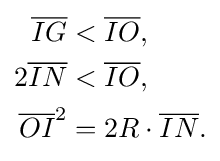
{\begin{aligned}{\overline {IG}}&<{\overline {IO}},\\2{\overline {IN}}&<{\overline {IO}},\\{\overline {OI}}^{2}&=2R\cdot {\overline {IN}}.\end{aligned}}